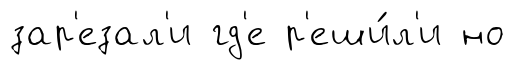
зар'езал'и гд'е р'еши́л'и но